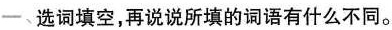
一、选词填空，再说说所填的词语有什么不同。